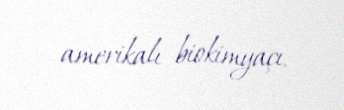
amerikalı biokimyaçı.